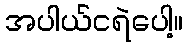
အပါယ်ငရဲပေါ့။